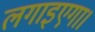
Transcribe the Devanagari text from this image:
लगाइएगा।